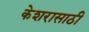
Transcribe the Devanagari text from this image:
केशरासाठी